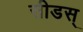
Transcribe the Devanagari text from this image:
सीडस्